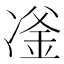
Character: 𪞪